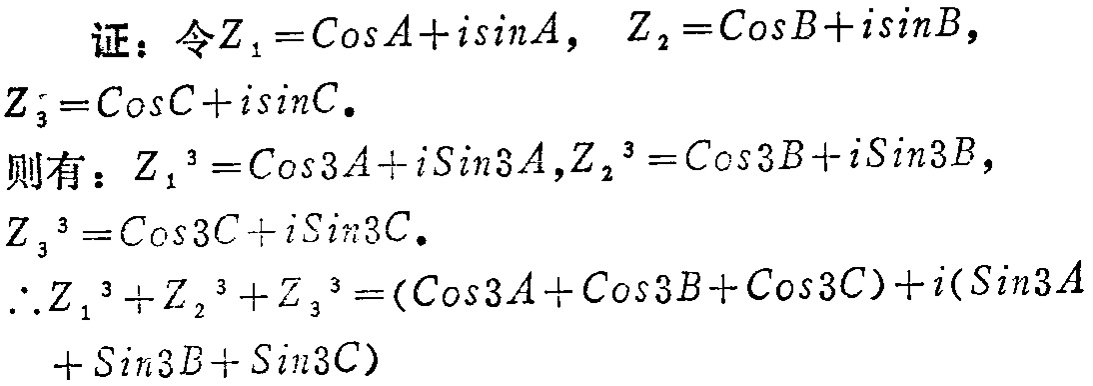
证：令\(Z_{1}=\cos A + i\sin A\)，\(Z_{2}=\cos B + i\sin B\)，\(Z_{3}=\cos C + i\sin C\)。
则有：\(Z_{1}^{3}=\cos 3A + i\sin 3A\)，\(Z_{2}^{3}=\cos 3B + i\sin 3B\)，\(Z_{3}^{3}=\cos 3C + i\sin 3C\)。
\(\therefore Z_{1}^{3}+Z_{2}^{3}+Z_{3}^{3}=(\cos 3A + \cos 3B + \cos 3C)+i(\sin 3A+\sin 3B + \sin 3C)\)